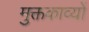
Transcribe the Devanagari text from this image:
मुक्तकाव्यों